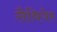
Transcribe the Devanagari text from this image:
लैथियेर